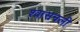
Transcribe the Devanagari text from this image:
श्‍वासनली